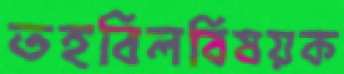
তহবিলবিষয়ক